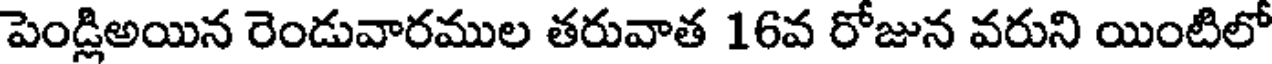
పెండ్లిఅయిన రెండువారముల తరువాత 16వ రోజున వరుని యింటిలో